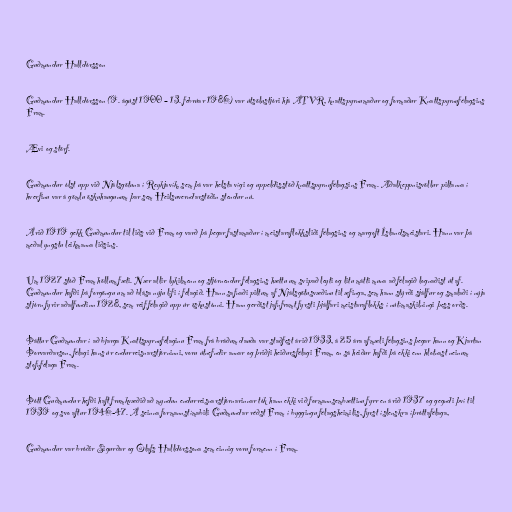
Guðmundur Halldórsson

Guðmundur Halldórsson (9. ágúst 1900 – 13. febrúar 1986) var útsölustjóri hjá ÁTVR, knattspyrnumaður og formaður Knattspyrnufélagsins
Fram.

Ævi og störf.

Guðmundur ólst upp við Njálsgötuna í Reykjavík, sem þá var helsta vígi og uppeldisstöð knattspyrnufélagsins Fram. Aðalkeppnisvöllur piltanna í
hverfinu var á gömlu öskuhaugunum þar sem Heilsuverndarstöðin stendur nú.

Árið 1919 gekk Guðmundur til liðs við Fram og varð þá þegar fastamaður í meistaraflokksliði félagsins og margoft Íslandsmeistari. Hann var þá
meðal yngstu leikmanna liðsins.

Um 1927 stóð Fram höllum fæti. Nær allir lykilmenn og stjórnendur félagsins hættu um svipað leyti og litu mátti muna að félagið lognaðist út af.
Guðmundur hafði þá forgöngu um að blása nýju lífi í félagið. Hann safnaði piltum af Njálsgötusvæðinu til æfinga, sem hann stýrði sjálfur og smalaði í nýja
stjórn fyrir aðalfundinn 1928, sem reif félagið upp úr öskustónni. Hann gerðist jafnframt fyrsti þjálfari meistaraflokks í nútímaskilningi þess orðs.

Þáttur Guðmundar í að bjarga Knattspyrnufélaginu Fram frá bráðum dauða var staðfest árið 1933, á 25 ára afmæli félagsins þegar hann og Kjartan
Þorvarðarson, félagi hans úr endurreisnarstjórninni, voru útnefndir annar og þriðji heiðursfélagi Fram, en sá heiður hafði þá ekki enn hlotnast neinum
stofnfélaga Fram.

Þótt Guðmundur hefði haft frumkvæðið að myndun endurreisnarstjórnarinnar tók hann ekki við formannsembættinu fyrr en árið 1937 og gegndi því til
1939 og svo aftur 1946-47. Á seinna formannstímabili Guðmundar réðst Fram í byggingu félagsheimilis, fyrst íslenskra íþróttafélaga,

Guðmundur var bróðir Sigurðar og Ólafs Halldórssona sem einnig voru formenn í Fram.